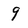
Character: 9